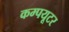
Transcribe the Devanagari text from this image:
कम्‍पयूटर